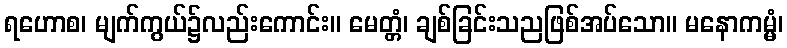
ရဟောစ၊ မျက်ကွယ်၌လည်းကောင်း။ မေတ္တံ၊ ချစ်ခြင်းသညဖြစ်အပ်သော။ မနောကမ္မံ၊